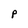
Character: P